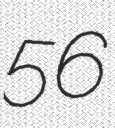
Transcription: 56